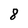
Character: 8